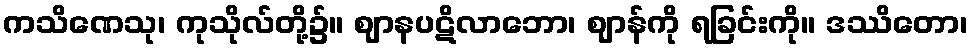
ကသိဏေသု၊ ကုသိုလ်တို့၌။ ဈာနပဋိလာဘော၊ ဈာန်ကို ရခြင်းကို။ ဒဿိတော၊